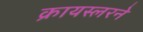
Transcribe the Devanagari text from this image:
क्रायस्लरने